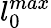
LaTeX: l_{0}^{max}